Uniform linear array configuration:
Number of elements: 4
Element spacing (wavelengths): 0.5
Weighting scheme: exponential
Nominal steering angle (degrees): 15
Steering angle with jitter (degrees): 14.148
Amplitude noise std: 0.05
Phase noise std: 0.05

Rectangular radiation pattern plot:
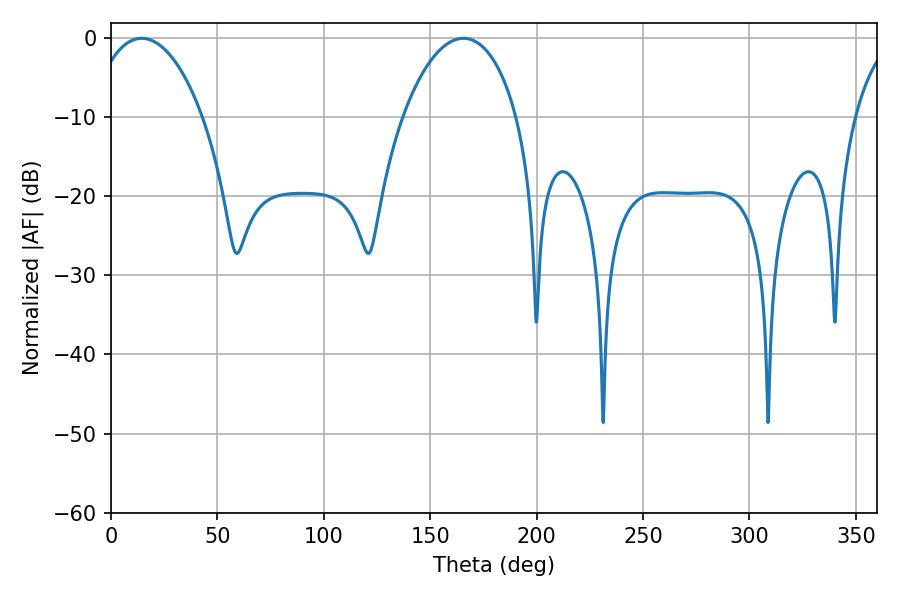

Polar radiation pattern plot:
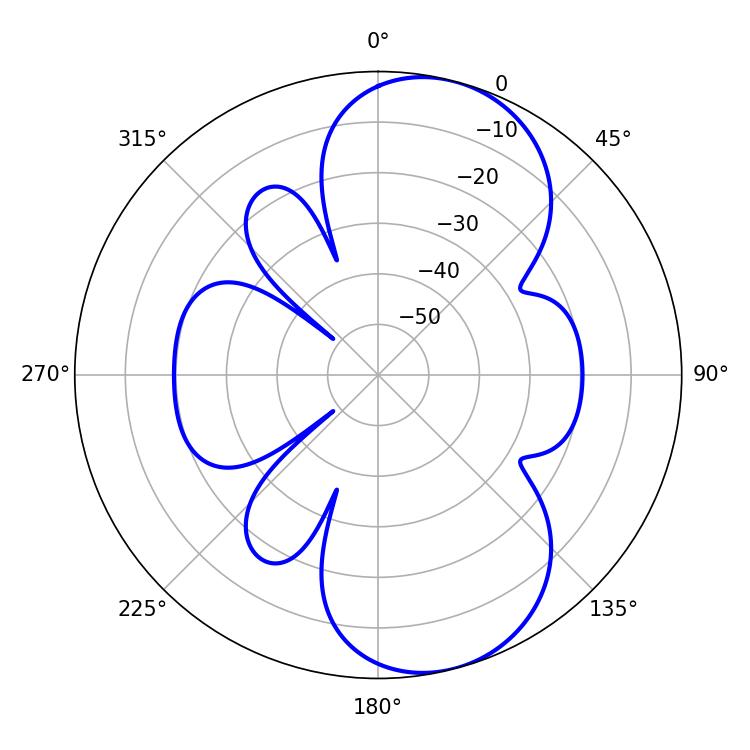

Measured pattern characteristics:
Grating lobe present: FALSE
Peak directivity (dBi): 8.48
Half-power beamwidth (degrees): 30.24
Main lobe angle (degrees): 14.4